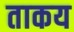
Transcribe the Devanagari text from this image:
ताकय